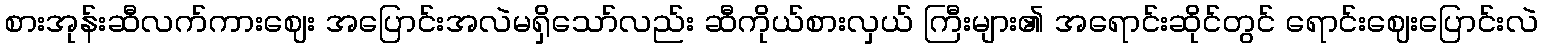
စားအုန်းဆီလက်ကားဈေး အပြောင်းအလဲမရှိသော်လည်း ဆီကိုယ်စားလှယ် ကြီးများ၏ အရောင်းဆိုင်တွင် ရောင်းဈေးပြောင်းလဲ